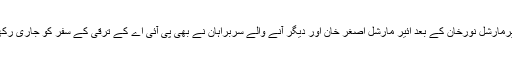
ائیرمارشل نورخان کے بعد ائیر مارشل اصغر خان اور دیگر آنے والے سربراہان نے بھی پی آئی اے کے ترقی کے سفر کو جاری رکھا۔